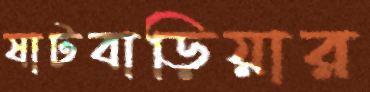
ষাটবাড়িয়ার